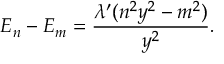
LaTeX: E _ { n } - E _ { m } = \frac { \lambda ^ { \prime } ( n ^ { 2 } y ^ { 2 } - m ^ { 2 } ) } { y ^ { 2 } } .